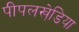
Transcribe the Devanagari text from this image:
पीपलखेडि़या